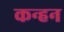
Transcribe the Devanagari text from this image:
कन्हन